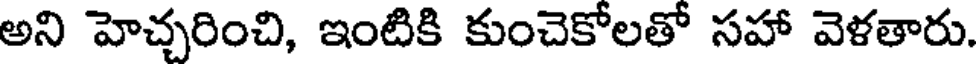
అని హెచ్చరించి, ఇంటికి కుంచెకోలతో సహా వెళతారు.